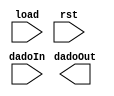
module registrador (load, rst, dadoIn, dadoOut);
input load, rst;
input [7:0] dadoIn;
output reg [7:0] dadoOut;	
endmodule